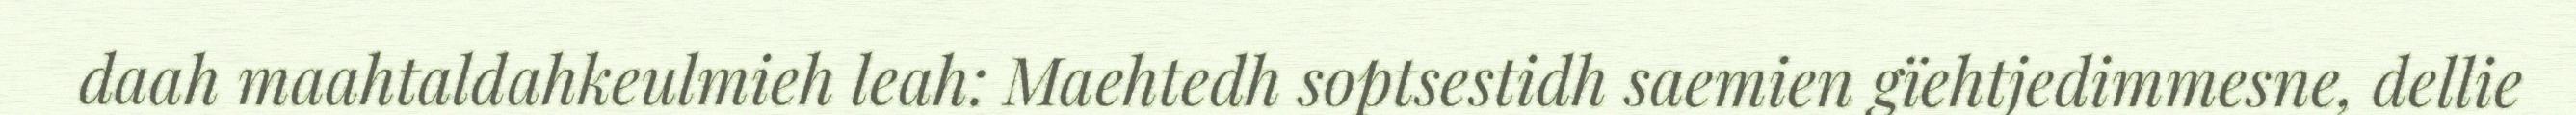
daah maahtaldahkeulmieh leah: Maehtedh soptsestidh saemien gïehtjedimmesne, dellie